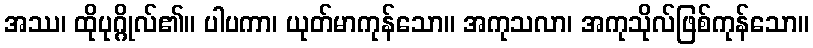
အဿ၊ ထိုပုဂ္ဂိုလ်၏။ ပါပကာ၊ ယုတ်မာကုန်သော။ အကုသလာ၊ အကုသိုလ်ဖြစ်ကုန်သော။